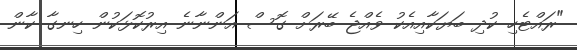
"ރައްޓެހި ކުދި ބަޔަކާއިއެކު ވެއްޖެ ބޭރަށް ގޮސް އަންނާނެ އިރުކޮޅަކުން ހިނގާ ކާން